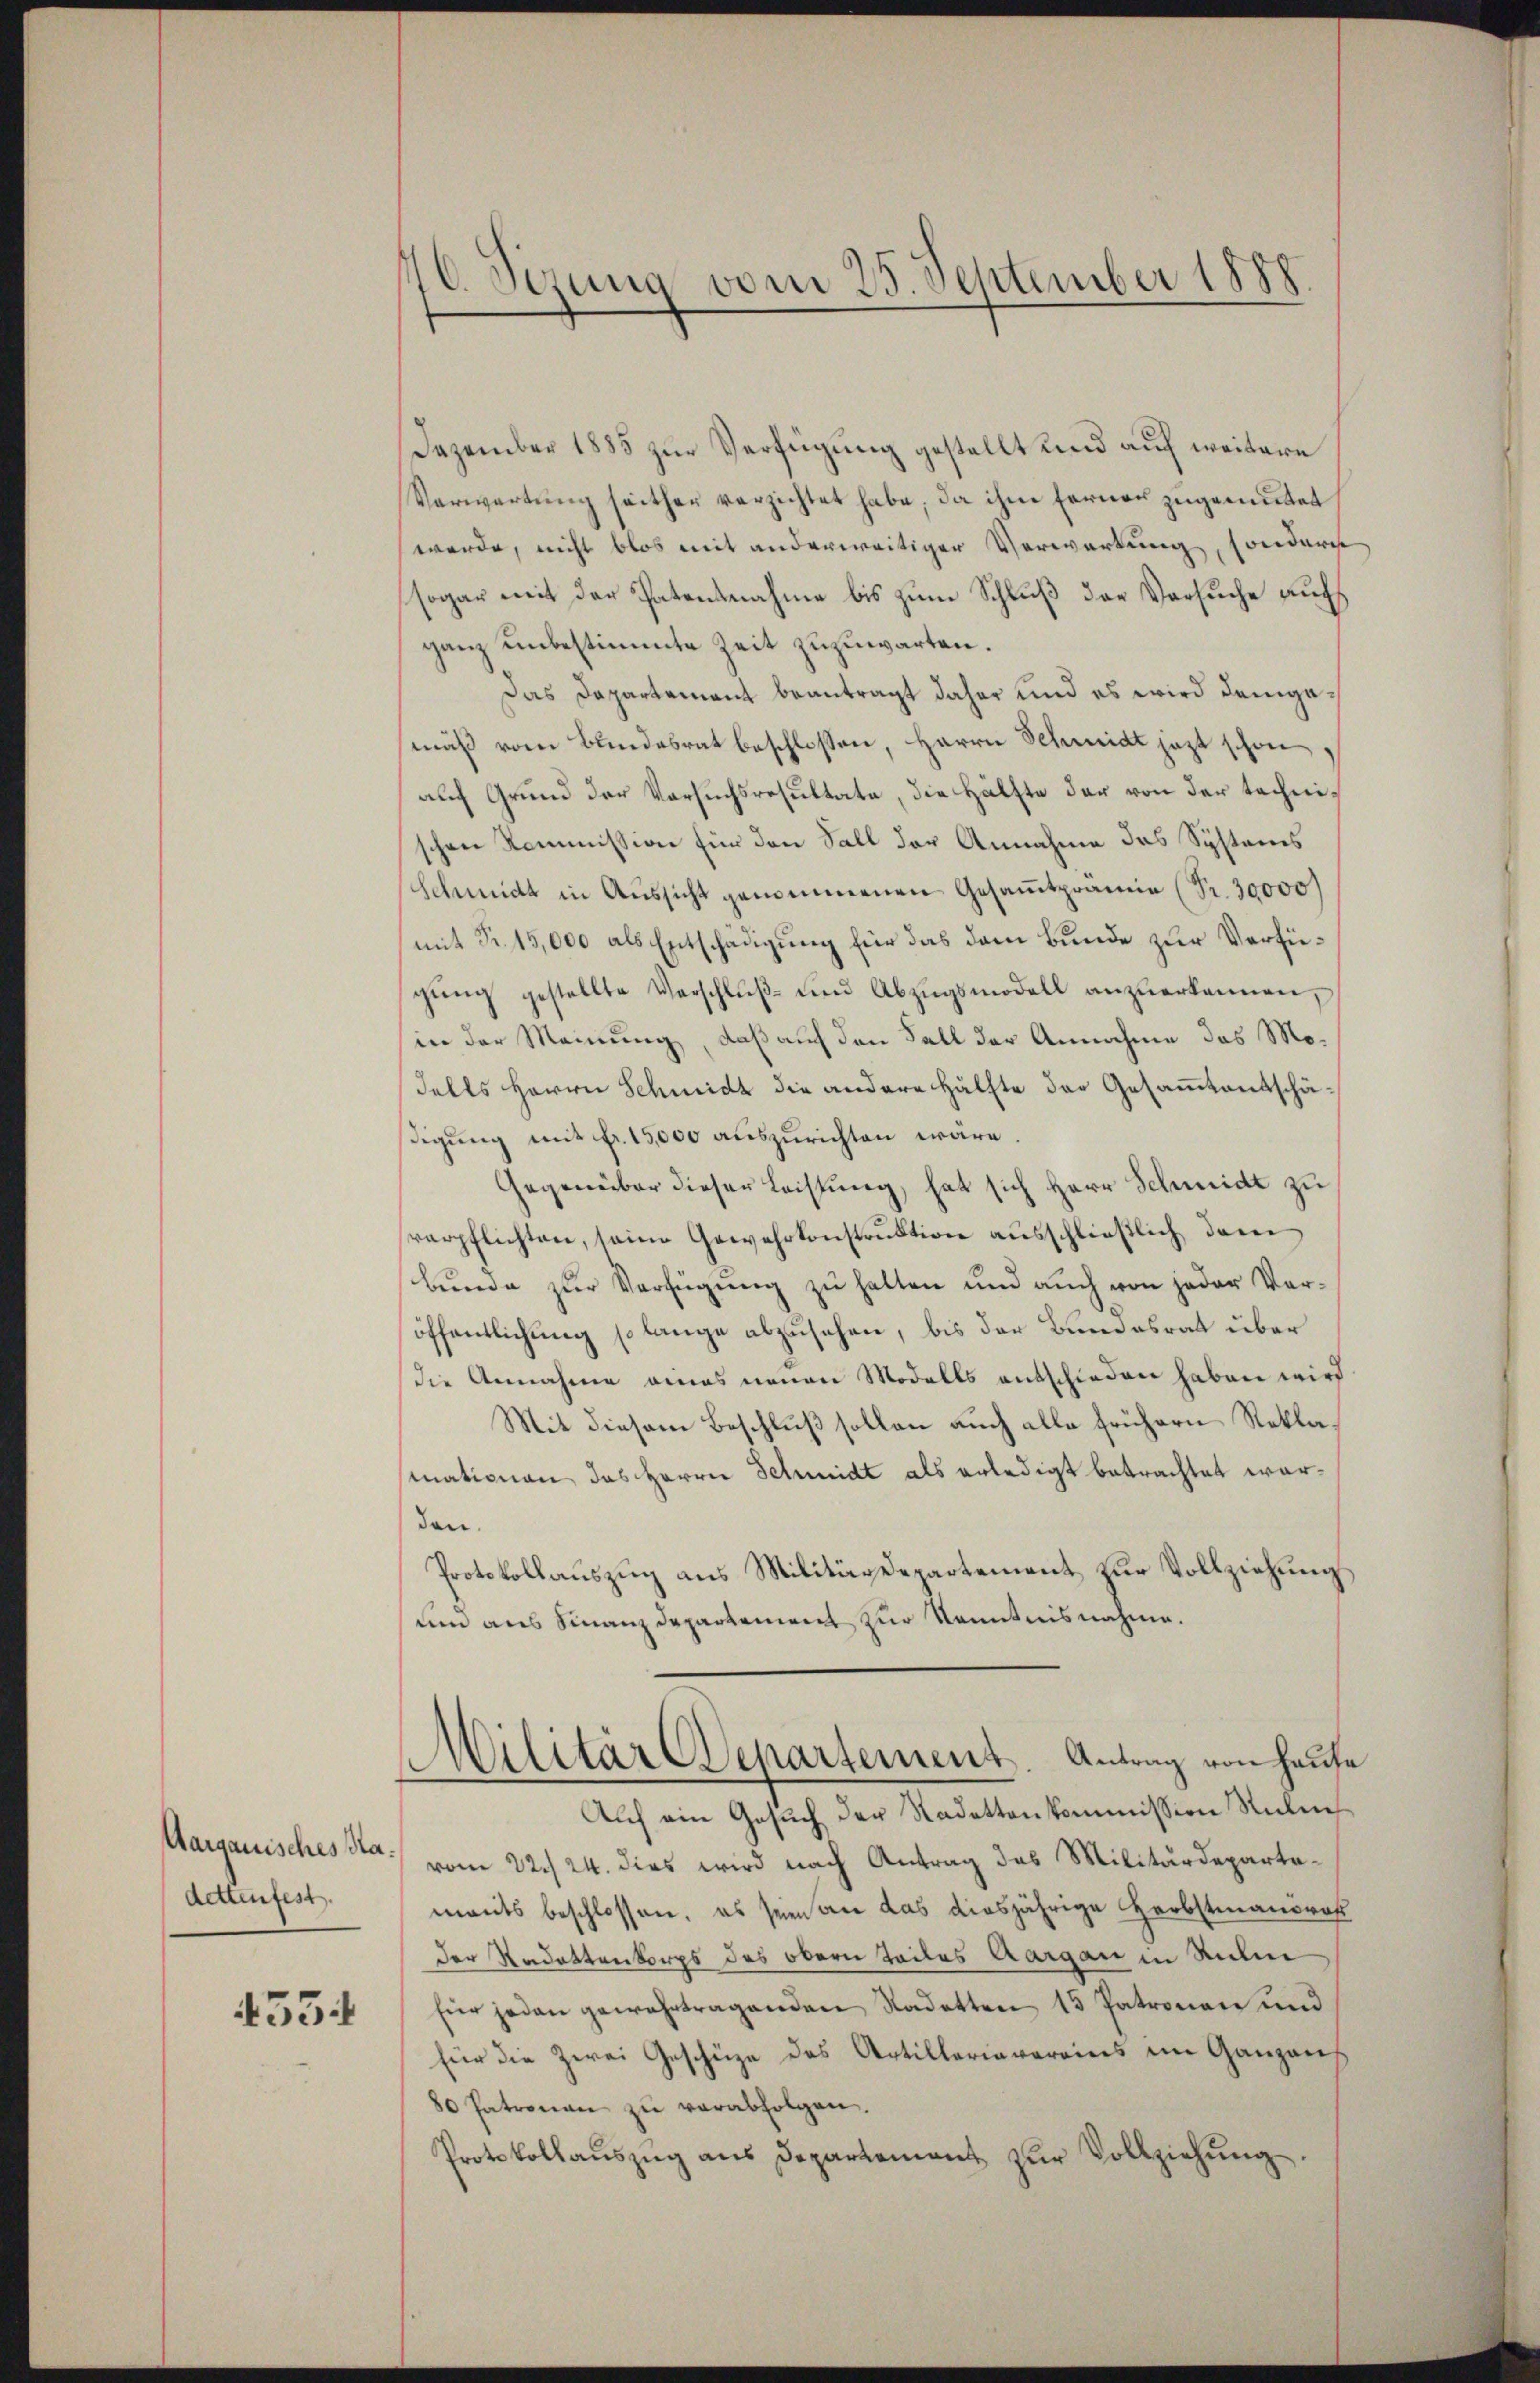
Aargauisches Radettenfest.

455

6. Perung vom 25. September 1888.

Dezember 1885 zur Verfügung gestellt und auf weitere
Verwartŭng seither verzichtet habe, da ihm ferner zugemutet
werde, nicht blos mit anderweitiger Verwartung, sondern
sogar mit der Patensnahme bis zum Schluß der Versuche auch
ganz unbestimmte Zeit zuzuwarten.
Das Dapartement beantragt daher und es wird demgemäß vom Blindesrat beschlossen, Herrn Schmidt jezt schon
auf Grund der Versuchsresultate, die Hälfte der von der technischen Kommission für den Fall der Annahme das Systemes
Schmidt in Aussicht genommenen Gesamtprämie (Pr. 30000
mit Fr. 15,000 als Entschädigung für das dem Bunde zur Verfügŭng gestellte Verschlŭβ- und Abzŭgsmodell anzuerkennen,
in der Meinung, daß auf den Fall der Annahme das Mo¬
Falls Herrn Schmidt die andere Hälfte der Gesammtentschädigung mit fr. 15,000 auszurichten wäre.
Gegenüber dieser Leistung, hat sich Herr Schmidt zu
verpflichten, seine Gewehrkonstruktion ausschließlich dann
bŭnde zŭr Verfügŭng zŭ halten und aŭch von jeder Ver-
öffentlichung so lange abzusehen, bis der Bundesrat über
die Annahme eines neuen Modalls entschieden haben wird
Mit diesem Beschluß sollen auch alle frühern Reklamationen das Herrn Schmidt als erledigt betrachtet worden.
Protokollauszug aus Militärdepartement zur Vollziehung
um aus Finanzdepartement zur Kenntnisnahme.
Militär Departement. Antrag von Hause
Auf ein Gesuch der Nadettenkommission Ruben
vom 22./24. dies wird nach Antrag das Militärdepartemants beschlossen, es seien an das diesjährige Herbstmanorar
der Radettenkorps des obern Teiles Aargau in Ruhen
für jeden gewahrtragenden Kadetten 15 Patronen und
für die Zwei Geschüze des Artillerievereins im Ganzans
80 Patronau zŭ verabfolgen.
Protokollaŭszŭg ans Departement zŭr Vollziehŭng.